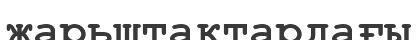
жарьщтақтардағы